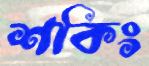
শকিং